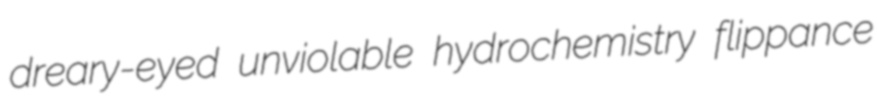
dreary-eyed unviolable hydrochemistry flippance